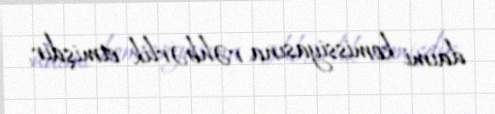
daimi komissiyasına rəhbərlik etmişdir.